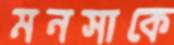
মনসাকে